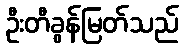
ဦးတီခွန်မြတ်သည်